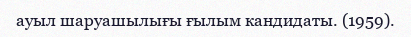
ауыл шаруашылығы ғылым кандидаты. (1959).